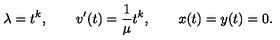
\lambda = t ^ { k } , \qquad v ^ { \prime } ( t ) = { \frac { 1 } { \mu } } t ^ { k } , \qquad x ( t ) = y ( t ) = 0 .